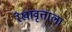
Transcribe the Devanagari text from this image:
रेखावृत्ताला